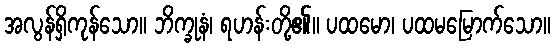
အလွန်ရှိကုန်သော။ ဘိက္ခုနံ၊ ရဟန်းတို့၏။ ပထမော၊ ပထမမြောက်သော။